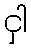
ငှါ